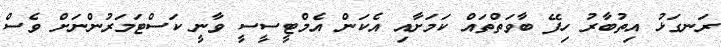
ރަނގަޅު އިތުބާރު ހިފޭ ބާވަތްތައް ކަމަށާއި އެކަން އެމްޓީސީސީ ވާނީ ކަސްޓަމަރުންނަށް ވެސް